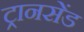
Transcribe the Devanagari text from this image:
ट्रानसेंड